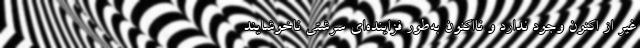
غیر از اکنون وجود ندارد و نااکنون به‌طور فزاینده‌ای سرشتی ناخوشایند